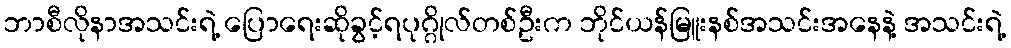
ဘာစီလိုနာအသင်းရဲ့ ပြောရေးဆိုခွင့်ရပုဂ္ဂိုလ်တစ်ဦးက ဘိုင်ယန်မြူးနစ်အသင်းအနေနဲ့ အသင်းရဲ့